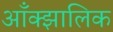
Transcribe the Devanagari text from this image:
आँक्झालिक